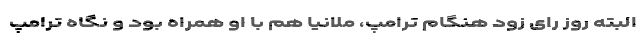
البته روز رای زود هنگام ترامپ، ملانیا هم با او همراه بود و نگاه ترامپ